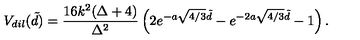
V _ { d i l } ( \tilde { d } ) = \frac { 1 6 k ^ { 2 } ( \Delta + 4 ) } { \Delta ^ { 2 } } \left( 2 e ^ { - a \sqrt { 4 / 3 } \tilde { d } } - e ^ { - 2 a \sqrt { 4 / 3 } \tilde { d } } - 1 \right) .